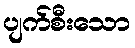
ပျက်စီးသော